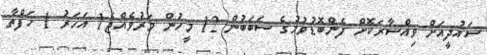
ސައުދީއަށް ވިއްސާރަކޮށް ފެންބޮޑުވުމުގެ ސަބަބުން 12 މީހުން މަރުވެއްޖެ1 އަހަރު 1 ހަފްތާ